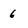
Character: 6